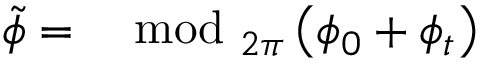
\tilde { \phi } = \mod _ { 2 \pi } \left( \phi _ { 0 } + \phi _ { t } \right)